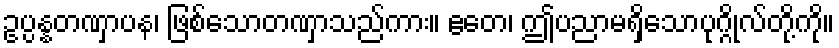
ဥပ္ပန္နတဏှာပန၊ ဖြစ်သောတဏှာသည်ကား။ ဧတေ၊ ဤပညာမရှိသောပုဂ္ဂိုလ်တို့ကို။